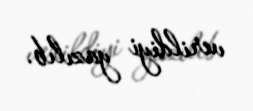
verildiyi yazılıb.